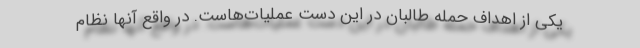
یکی از اهداف حمله طالبان در این دست عملیات‌هاست. در واقع آنها نظام